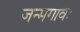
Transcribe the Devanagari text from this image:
जन्मगावः